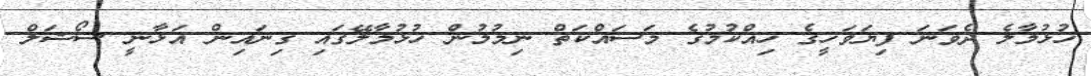
ހުޅުމާލެ ދެވަނަ ފިޔަވަހީގެ ހިއްކުމުގެ މަސައްކަތް ނިމުމުން ހުޅުމާލޭގައި ގިނައިން އަޅާނީ ސޯޝަލް